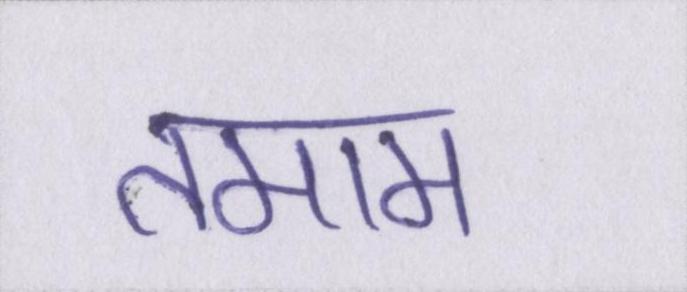
तमाम